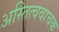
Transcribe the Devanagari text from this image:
अस्तित्ववाचक